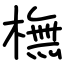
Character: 橅